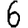
Digit: 6